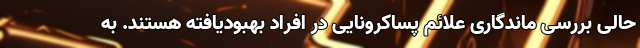
حالی بررسی ماندگاری علائم پساکرونایی در افراد بهبودیافته هستند. به